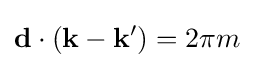
\mathbf {d} \cdot \left(\mathbf {k} -\mathbf {k^{\prime }} \right)=2\pi m